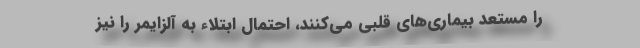
را مستعد بیماری‌های قلبی می‌کنند، احتمال ابتلاء به آلزایمر را نیز